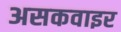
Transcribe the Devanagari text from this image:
असकवाइर